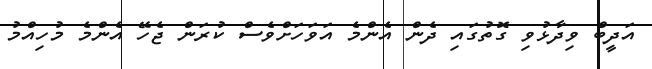
އަދީބް ވިދާޅުވި ގޮތުގައި ދެން އެންމެ އަވަހަށްވެސް ކުރަން ޖެހޭ އެންމެ މުހިއްމު